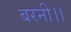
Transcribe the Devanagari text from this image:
बरनी।।